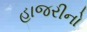
હાજરીનો